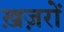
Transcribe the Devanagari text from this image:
ख़ज़रों